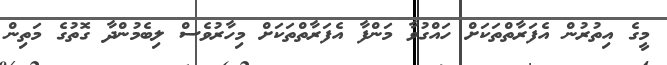
މީގެ އިތުރުން އެފަރާތްތަކަށް ހައްގުވާ މަންފާ އެފަރާތްތަކަށް މިހާރުވެސް ލިބެމުންދާ ގޮތުގެ މަތިން